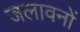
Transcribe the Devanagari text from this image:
जलावनों